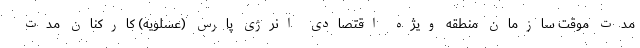
مدت موقت سازمان منطقه ویژه اقتصادی انرژی پارس (عسلویه) کارکنان مدت